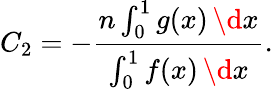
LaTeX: C_{2}=-\frac{n\int_{0}^{1}g(x)\, \d x}{\int_{0}^{1}f(x)\, \d x}.